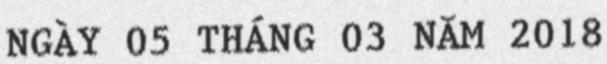
NGÀY 05 THÁNG 03 NĂM 2018